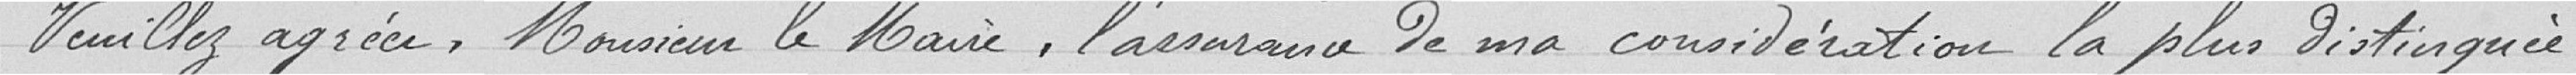
Veuillez agréer, Monsieur le mairej l'assurance de ma considération la plus distingués.